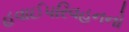
હવાઈપરિવહનનો